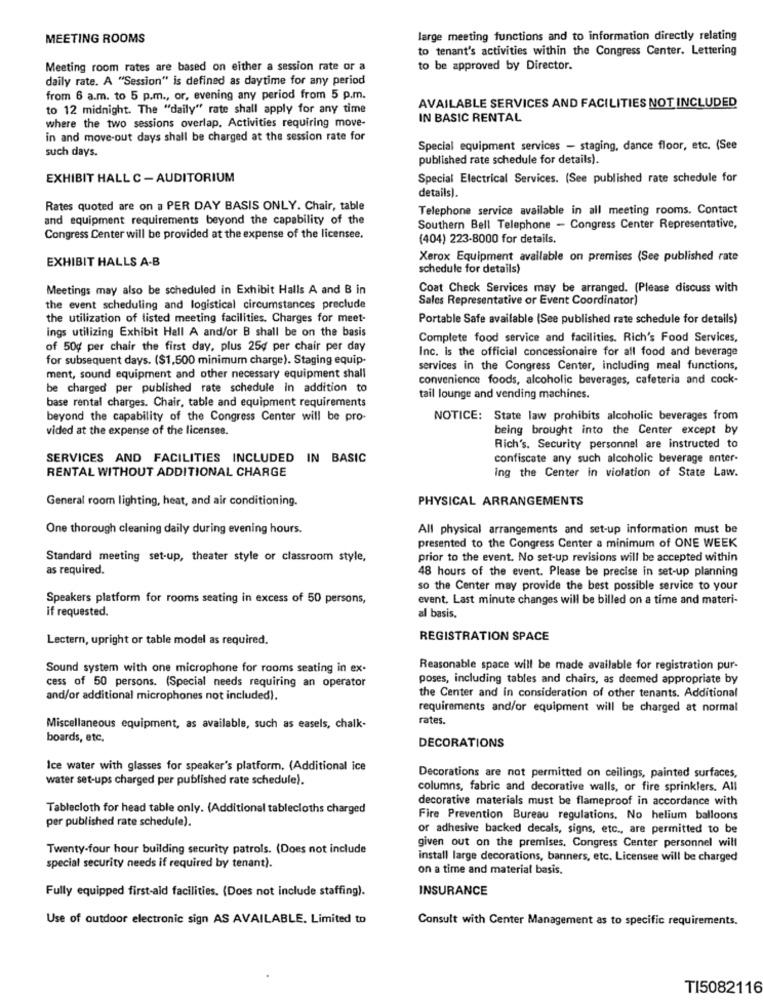
MEETING ROOMS
large meeting functions and to information directly relating
to tenant's activities within the Congress Center. Lettering
Meeting room rates are based on either a session rate or a
to be approved by Director.
daily rate. A "Session" is defined as daytime for any period
from 6 a.m. to 5 p.m ., or, evening any period from 5 p.m.
to 12 midnight. The "daily" rate shall apply for any time
AVAILABLE SERVICES AND FACILITIES NOT INCLUDED
where the two sessions overlap, Activities requiring move-
IN BASIC RENTAL
in and move-out days shall be charged at the session rate for
such days.
Special equipment services - staging, dance floor, etc. (See
published rate schedule for details).
EXHIBIT HALL C - AUDITORIUM
Special Electrical Services. (See published rate schedule for
details).
Rates quoted are on a PER DAY BASIS ONLY. Chair, table
Telephone service available in all meeting rooms. Contact
and equipment requirements beyond the capability of the
Southern Bell Telephone - Congress Center Representative,
Congress Center will be provided at the expense of the licensee.
(404) 223-8000 for details.
EXHIBIT HALLS A-B
Xerox Equipment available on premises (See published rate
schedule for details)
Meetings may also be scheduled in Exhibit Halls A and B in
Coat Check Services may be arranged. (Please discuss with
Sales Representative or Event Coordinator)
the event scheduling and logistical circumstances preclude
the utilization of listed meeting facilities. Charges for meet-
Portable Safe available (See published rate schedule for details)
ings utilizing Exhibit Hall A and/or B shall be on the basis
Complete food service and facilities. Rich's Food Services,
of 50g per chair the first day, plus 25g per chair per day
Inc. is the official concessionaire for all food and beverage
for subsequent days. ($1,500 minimum charge). Staging equip-
services in the Congress Center, including meal functions,
ment, sound equipment and other necessary equipment shall
convenience foods, alcoholic beverages, cafeteria and cock-
be charged per published rate schedule in addition to
tail lounge and vending machines.
base rental charges. Chair, table and equipment requirements
beyond the capability of the Congress Center will be pro-
NOTICE: State law prohibits alcoholic beverages from
vided at the expense of the licensee.
being brought into the Center except by
Rich's. Security personnel are instructed to
SERVICES AND FACILITIES INCLUDED IN BASIC
confiscate any such alcoholic beverage enter-
RENTAL WITHOUT ADDITIONAL CHARGE
ing the Center in violation of State Law.
General room lighting, heat, and air conditioning.
PHYSICAL ARRANGEMENTS
One thorough cleaning daily during evening hours.
All physical arrangements and set-up information must be
presented to the Congress Center a minimum of ONE WEEK
Standard meeting set-up, theater style or classroom style,
prior to the event. No set-up revisions will be accepted within
as required.
48 hours of the event. Please be precise in set-up planning
so the Center may provide the best possible service to your
Speakers platform for rooms seating in excess of 50 persons,
event. Last minute changes will be billed on a time and materi-
if requested.
al basis.
Lectern, upright or table model as required.
REGISTRATION SPACE
Sound system with one microphone for rooms seating in ex-
Reasonable space will be made available for registration pur-
cess of 50 persons. (Special needs requiring an operator
poses, including tables and chairs, as deemed appropriate by
and/or additional microphones not included).
the Center and in consideration of other tenants. Additional
requirements and/or equipment will be charged at normal
rates.
Miscellaneous equipment, as available, such as easels, chalk-
boards, etc.
DECORATIONS
Ice water with glasses for speaker's platform. (Additional ice
water set-ups charged per published rate schedule).
Decorations are not permitted on ceilings, painted surfaces,
columns, fabric and decorative walls, or fire sprinklers. All
decorative materials must be flameproof in accordance with
Tablecloth for head table only. (Additional tablecloths charged
per published rate schedule).
Fire Prevention Bureau regulations. No helium balloons
or adhesive backed decals, signs, etc ., are permitted to be
Twenty-four hour building security patrols. (Does not include
given out on the premises, Congress Center personnel will
install large decorations, banners, etc. Licensee will be charged
special security needs if required by tenant).
on a time and material basis.
Fully equipped first-ald facilities. (Does not include staffing).
INSURANCE
Use of outdoor electronic sign AS AVAILABLE. Limited to
Consult with Center Management as to specific requirements.
TI5082116